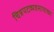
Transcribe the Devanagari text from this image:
चित्रपटव्यवसायाच्या